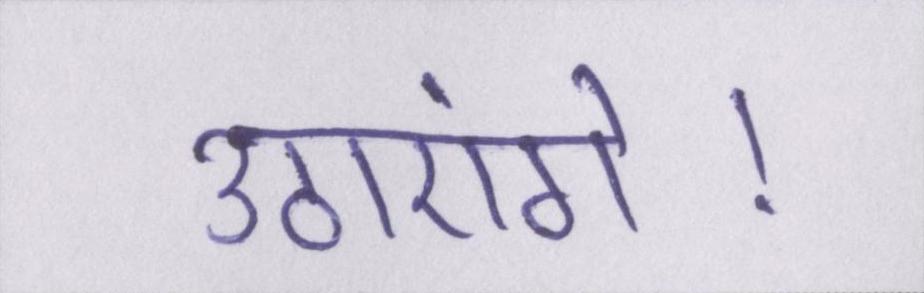
उठाएंगे।